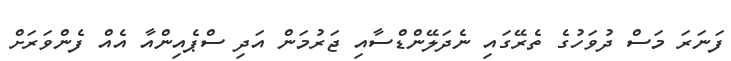
ފަނަރަ މަސް ދުވަހުގެ ތެރޭގައި ނެދަލޭންޑްސާއި ޖަރުމަން އަދި ސްޕެއިންއާ އެއް ފެންވަރަށް